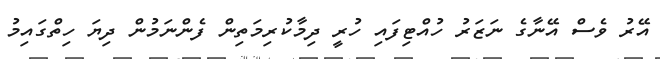
އޭރު ވެސް އޭނާގެ ނަޒަރު ހުއްޓިފައި ހުރީ ދިމާކުރިމަތިން ފެންނަމުން ދިޔަ ހިތްގައިމު